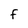
Character: f